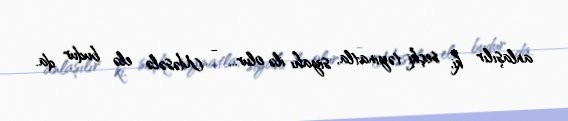
anlaşılır ki, seçki təyinatla, siyahı ilə olur... - Məsələ elə budur da.